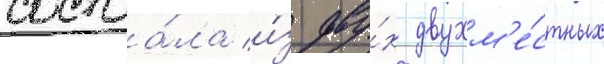
состоа́ла и́з дву́х двухм'е́стных